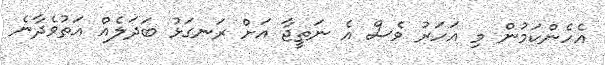
އެހެންކަމުން މި އަހަރު ވެސް އެ ނަތީޖާ އަށް ރަނގަޅު ބަދަލެއް އަތުވެދާނެ